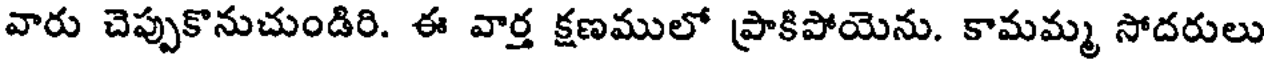
వారు చెప్పుకొనుచుండిరి. ఈ వార్త క్షణములో ప్రాకిపోయెను. కామమ్మ సోదరులు